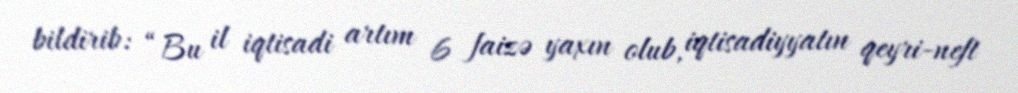
bildirib: “Bu il iqtisadi artım 6 faizə yaxın olub, iqtisadiyyatın qeyri-neft